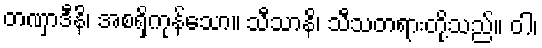
တဏှာဒီနိ၊ အစရှိကုန်သော။ သီသာနိ၊ သီသတရားတို့သည်။ ဝါ၊